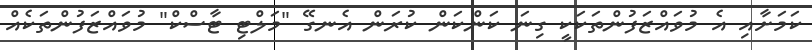
ކަމަށާއި އެ މުވައްޒަފުންތަކަކީ ގިނަ ކަންކަން ކުރަން އެނގޭ "މަލްޓި ޓާސްކް" މުވައްޒަފުންތަކެއް